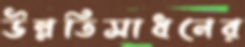
উন্নতিসাধনের